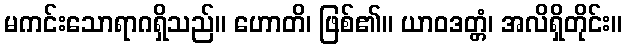
မကင်းသောရာဂရှိသည်။ ဟောတိ၊ ဖြစ်၏။ ယာဝဒတ္တံ၊ အလိရှိတိုင်း။